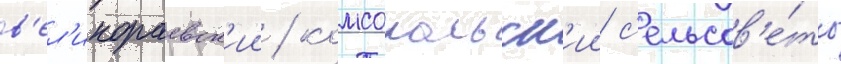
в'ел'икораевск'ии / комсомольск'ии с'ельсов'е́ты